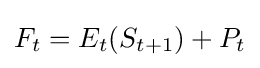
F_{t}=E_{t}(S_{t+1})+P_{t}